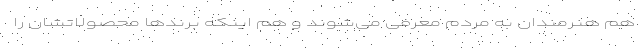
هم هنرمندان به مردم معرفی می‌شوند و هم اینکه برندها محصولاتشان را